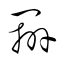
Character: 辧